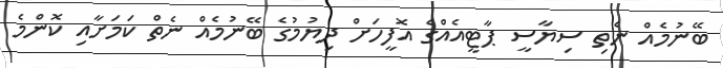
ބޭނުމެއް ނެތި ސިޔާސީ ޕާޓީއެއްގެ އޮފީހަށް ދިޔުމުގެ ބޭނުމެއް ނެތް ކަމަށާއި ކޮންމެ